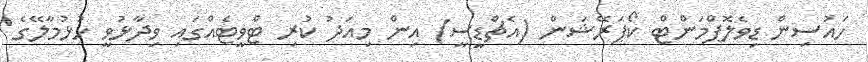
ހައުސިން ޑިވެލޮޕްމަންޓް ކޯޕަރޭޝަން (އެޗްޑީސީ) އިން މިއަދު ކުރި ޓްވީޓެއްގައި ވިދާޅުވީ ހުޅުމާލޭގެ